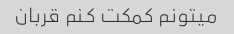
میتونم کمکت کنم قربان